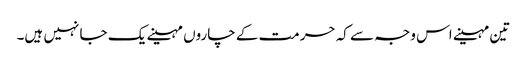
تین مہینے اس وجہ سے کہ حرمت کے چاروں مہینے یک جا نہیں ہیں۔